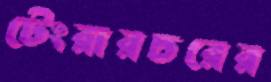
টেংরারচরের